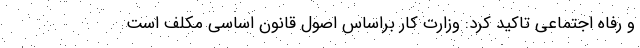
و رفاه اجتماعی تاکید کرد: وزارت کار براساس اصول قانون اساسی مکلف است